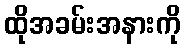
ထိုအခမ်းအနားကို